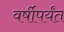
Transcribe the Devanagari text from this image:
वर्षीपर्यंत